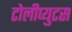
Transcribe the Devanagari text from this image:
टोलीप्युटस